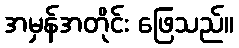
အမှန်အတိုင်း ဖြေသည်။